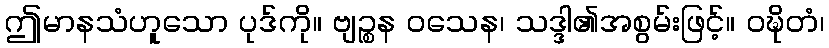
ဤမာနသံဟူသော ပုဒ်ကို။ ဗျဉ္စန ဝသေန၊ သဒ္ဒါ၏အစွမ်းဖြင့်။ ဝဍ္ဎိတံ၊